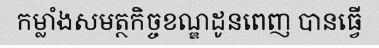
កម្លាំងសមត្ថកិច្ចខណ្ឌដូនពេញ បានធ្វើ